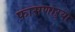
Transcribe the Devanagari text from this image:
फासणाऱ्या